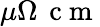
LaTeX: \mu\Omega\, \mathrm{~c~m~}